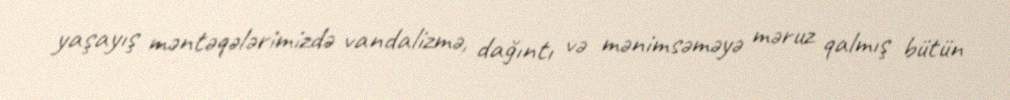
yaşayış məntəqələrimizdə vandalizmə, dağıntı və mənimsəməyə məruz qalmış bütün